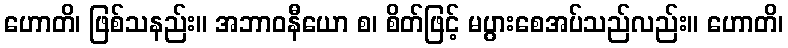
ဟောတိ၊ ဖြစ်သနည်း။ အဘာဝနီယော စ၊ စိတ်ဖြင့် မပွားစေအပ်သည်လည်း။ ဟောတိ၊